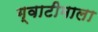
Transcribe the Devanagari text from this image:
ग्वाटीमाला